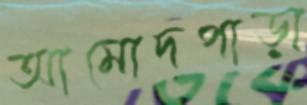
আমোদপাড়া